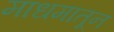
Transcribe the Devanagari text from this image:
माधमातून